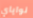
نواياي